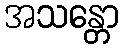
အသန္တော